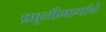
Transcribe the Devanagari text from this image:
प्रवृत्तीमार्गाचे